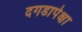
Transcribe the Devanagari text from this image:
दगडापेक्षा